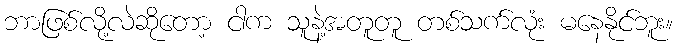
ဘာဖြစ်လို့လဲဆိုတော့ ငါက သူနဲ့အတူတူ တစ်သက်လုံး မနေနိုင်ဘူး။